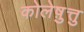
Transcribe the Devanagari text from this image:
कोलेष़ुत्तु